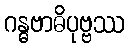
ဂန္ဓဗာဓိပုဗ္ဗဿ